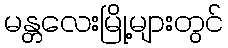
မန္တလေးမြို့များတွင်